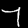
Digit: 7